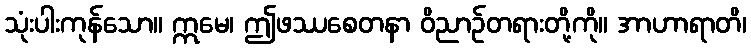
သုံးပါးကုန်သော။ ဣမေ၊ ဤဖဿစေတနာ ဝိညာဉ်တရားတို့ကို။ အာဟာရာတိ၊